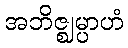
အဘိဇ္ဈမ္ပာဟံ